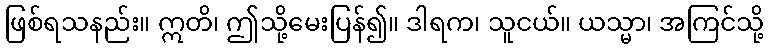
ဖြစ်ရသနည်း။ ဣတိ၊ ဤသို့မေးပြန်၍။ ဒါရက၊ သူငယ်။ ယသ္မာ၊ အကြင်သို့